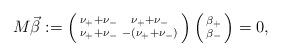
LaTeX: \begin{align*} M \vec{\beta} := \left(\begin{smallmatrix} \nu_+ + \nu_- & \nu_+ + \nu_- \\ \nu_+ + \nu_- & - (\nu_+ + \nu_-) \end{smallmatrix}\right) \left(\begin{smallmatrix} \beta_+ \\ \beta_- \end{smallmatrix}\right) = 0,\end{align*}